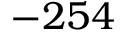
- 2 5 4